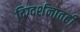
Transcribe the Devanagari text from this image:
दिग्दर्शनातही